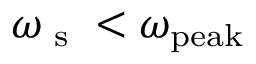
\omega _ { \textrm { s } } < \omega _ { \mathrm { p e a k } }